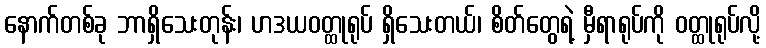
နောက်တစ်ခု ဘာရှိသေးတုန်း၊ ဟဒယဝတ္ထုရုပ် ရှိသေးတယ်၊ စိတ်တွေရဲ့ မှီရာရုပ်ကို ဝတ္ထုရုပ်လို့